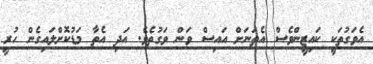
އެވަގުތަކީ ކައިޒީންވެސް އެތަނަށް އައިސް ވަން ވަގުތެވެ. އަދި އެތާ މަޑުކޮށްލައިގެން ހުރީ